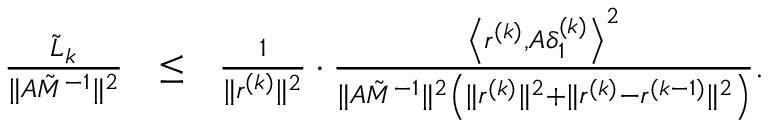
\begin{array} { r l r } { \frac { { { { \tilde { L } } _ { k } } } } { { \| { A \tilde { M } ^ { - 1 } } \| ^ { 2 } } } } & { \le } & { \frac { 1 } { { \| r ^ { ( k ) } \| ^ { 2 } } } \cdot \frac { \left\langle { { r ^ { ( k ) } } , A \delta _ { 1 } ^ { ( k ) } } \right\rangle ^ { 2 } } { { \| { A \tilde { M } ^ { - 1 } } \| ^ { 2 } } \left( \| r ^ { ( k ) } \| ^ { 2 } + \| r ^ { ( k ) } - r ^ { ( k - 1 ) } \| ^ { 2 } \right) } . } \end{array}